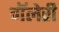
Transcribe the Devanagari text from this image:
गॅलेरी